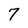
Character: 7